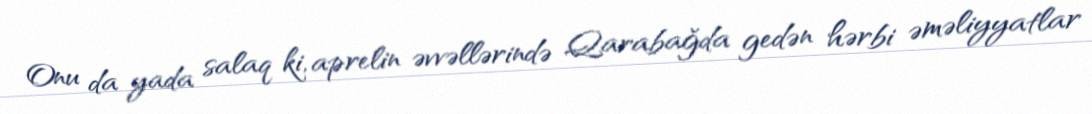
Onu da yada salaq ki, aprelin əvvəllərində Qarabağda gedən hərbi əməliyyatlar